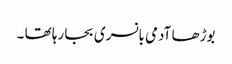
بوڑھا آدمی بانسری بجا رہا تھا ۔